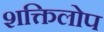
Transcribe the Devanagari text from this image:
शक्तिलोप